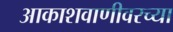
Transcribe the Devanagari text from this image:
आकाशवाणीवरच्‍या